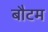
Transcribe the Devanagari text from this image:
बौटम